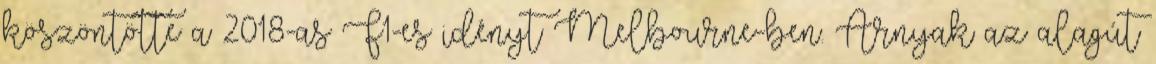
köszöntötte a 2018-as F1-es idényt Melbourne-ben. Árnyak az alagút